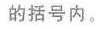
的括号内。